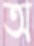
অ